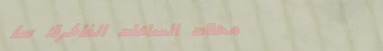
محلات الساعات الفاخرة: سا